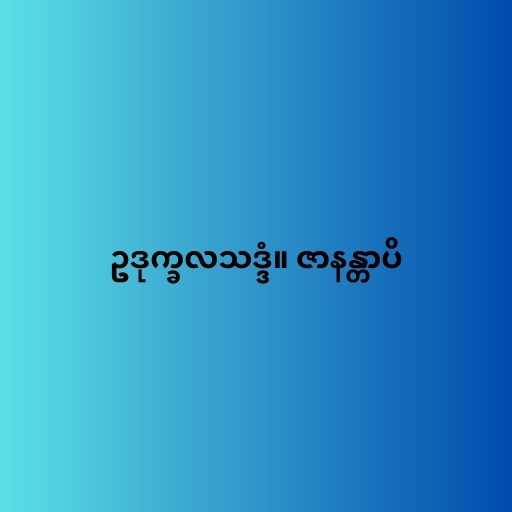
ဥဒုက္ခလသဒ္ဒံ။ ဇာနန္တာပိ